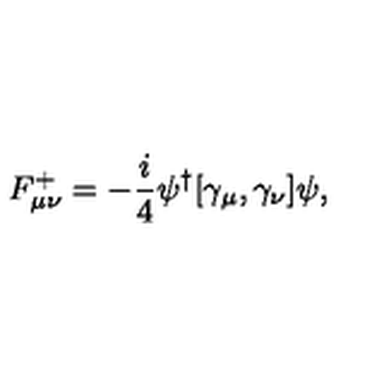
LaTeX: F _ { \mu \nu } ^ { + } = - \frac { i } { 4 } \psi ^ { \dag } [ \gamma _ { \mu } , \gamma _ { \nu } ] \psi ,